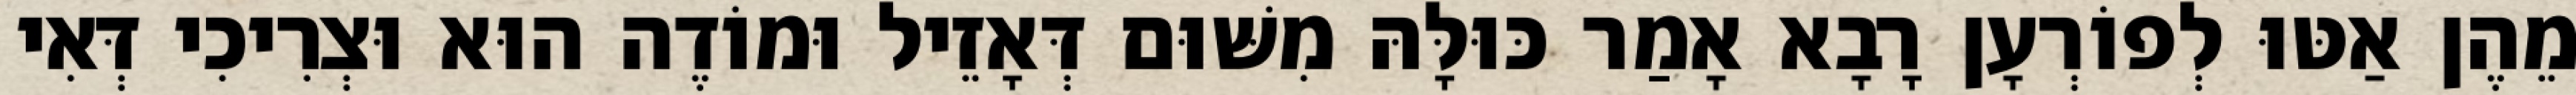
מֵהֶן אַטּוּ לְפוֹרְעָן רָבָא אָמַר כּוּלָּהּ מִשּׁוּם דְּאָזֵיל וּמוֹדֶה הוּא וּצְרִיכִי דְּאִי